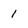
Character: 1